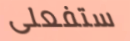
ستفعلى